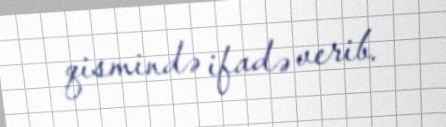
qismində ifadə verib.